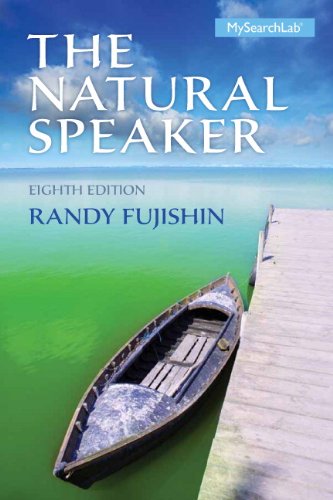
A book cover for The Natural Speaker, 8th Edition; Randy Fujishin; Reference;